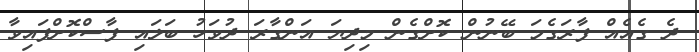
ދެ ގެއެއް ފާރަގެމަ ބޭނުން ކޮށްގެން މިދިޔަ އަންގާރަ ދުވަހު ބަލައި ފާސްކޮށްފައިވާ